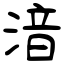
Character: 湆